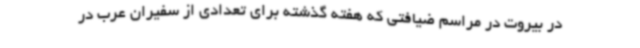
در بیروت در مراسم ضیافتی که هفته گذشته برای تعدادی از سفیران عرب در